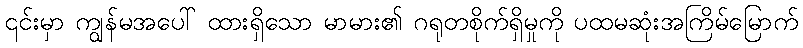
၎င်းမှာ ကျွန်မအပေါ် ထားရှိသော မာမား၏ ဂရုတစိုက်ရှိမှုကို ပထမဆုံးအကြိမ်မြောက်